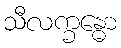
သီလက္ခန္ဓော